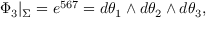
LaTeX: \Phi _ { 3 } | _ { \Sigma } = e ^ { 5 6 7 } = d \theta _ { 1 } \wedge d \theta _ { 2 } \wedge d \theta _ { 3 } ,